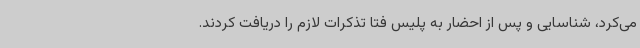
می‌کرد، شناسایی و پس از احضار به پلیس فتا تذکرات لازم را دریافت کردند.